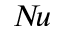
N \! u